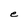
Character: e